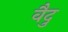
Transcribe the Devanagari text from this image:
वैदु